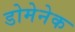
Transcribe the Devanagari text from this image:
डोमेनेक